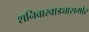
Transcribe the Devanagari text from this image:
शनिवारवाड्यासमोर